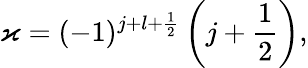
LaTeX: \varkappa=(-1)^{j+l+\frac{1}{2}}\left(j+\frac{1}{2}\right),